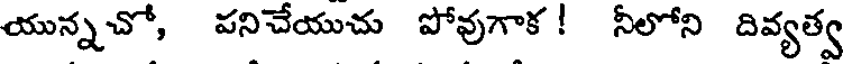
యున్నచో, పనిచేయుచు పోవుగాక ! నీలోని దివ్యత్వ